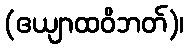
(ဧယျာထဝိဘတ်)၊